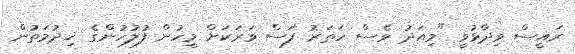
ރައީސް ވިދާޅުވީ "މިއަދު ވެސް ހަތަރު ފަސް ވަރަކަށް މީހުން ފުލުހުންގެ ޚިދުމަތުން